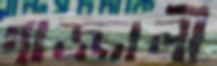
গাজ্জালী